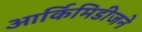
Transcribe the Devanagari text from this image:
आर्किमिडीजने